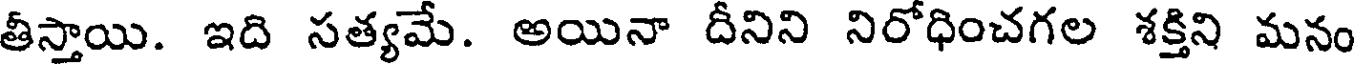
తీస్తాయి. ఇది సత్యమే. అయినా దీనిని నిరోధించగల శక్తిని మనం